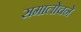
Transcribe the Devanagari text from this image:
समालोचने